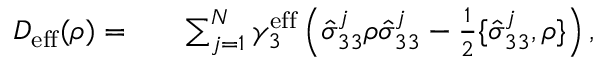
\begin{array} { r l r } { D _ { \mathrm { e f f } } ( \rho ) = } & { { } } & { \sum _ { j = 1 } ^ { N } \gamma _ { 3 } ^ { \mathrm { e f f } } \left( \hat { \sigma } _ { 3 3 } ^ { j } \rho \hat { \sigma } _ { 3 3 } ^ { j } - \frac { 1 } { 2 } \{ \hat { \sigma } _ { 3 3 } ^ { j } , \rho \} \right) , } \end{array}